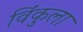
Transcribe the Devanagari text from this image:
विंकुला